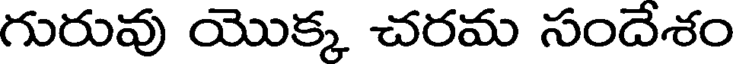
గురువు యొక్క చరమ సందేశం